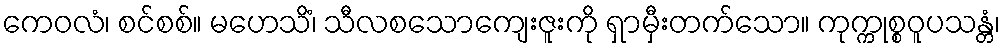
ကေဝလံ၊ စင်စစ်။ မဟေသိံ၊ သီလစသောကျေးဇူးကို ရှာမှီးတက်သော။ ကုက္ကုစ္စဝူပသန္တံ၊